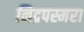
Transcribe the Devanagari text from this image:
निद्रपस्मरा